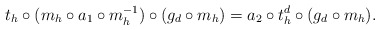
\begin{align*}t_h\circ (m_h\circ a_1\circ m_h^{-1})\circ (g_d\circ m_h)= a_2\circ t_h^d\circ (g_d\circ m_h).\end{align*}